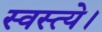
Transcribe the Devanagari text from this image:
स्वस्त्ये।